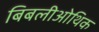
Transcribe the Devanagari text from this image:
बिबलीओथिक